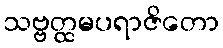
သဗ္ဗတ္ထမပရာဇိတော